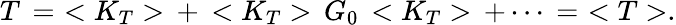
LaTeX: T\, =\, \, <K_{T}>\, +\, <K_{T}>\, G_{0}\, <K_{T}>\, +\cdots\, =\, \, <T>.